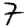
Digit: 7